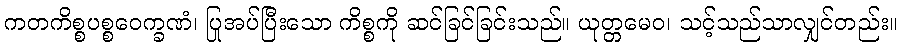
ကတကိစ္စပစ္စဝေက္ခဏံ၊ ပြုအပ်ပြီးသော ကိစ္စကို ဆင်ခြင်ခြင်းသည်။ ယုတ္တမေဝ၊ သင့်သည်သာလျှင်တည်း။